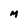
Character: M